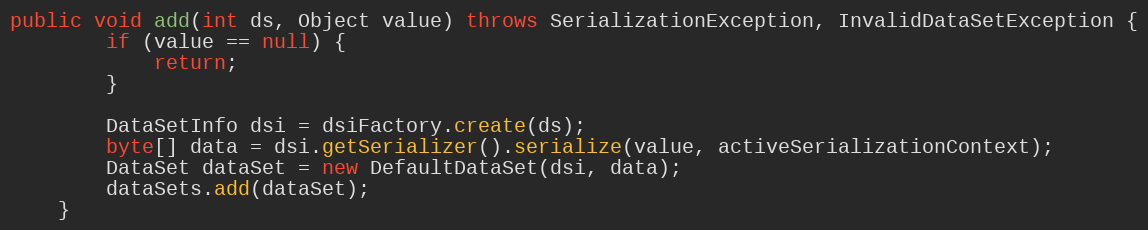
Language: Java
public void add(int ds, Object value) throws SerializationException, InvalidDataSetException {
		if (value == null) {
			return;
		}

		DataSetInfo dsi = dsiFactory.create(ds);
		byte[] data = dsi.getSerializer().serialize(value, activeSerializationContext);
		DataSet dataSet = new DefaultDataSet(dsi, data);
		dataSets.add(dataSet);
	}